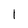
Character: 1